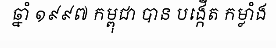
ឆ្នាំ ១៩៩៧ កម្ពុជា បាន បង្កើត កម្លាំង